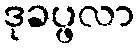
ဒုခပ္ဖလာ